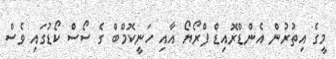
މީގެ އިތުރުން އެންޑްރޮއިޑް ފްރޯޔޯ އާއި ހަނީކޮމްބް ގެ ސޯސް ކޯޑުގައި ވެސް